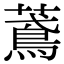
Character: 𦿂